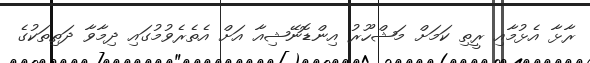
ރާޅާ އެޅުމާއި ރީތި ކަމަށް މަޝްހޫރު އިންޑޮނޭޝިއާ އަށް އެތެރެވުމުގައި ދިމާވާ ދަތިތަކުގެ